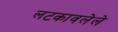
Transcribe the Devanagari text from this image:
लटकावलेले